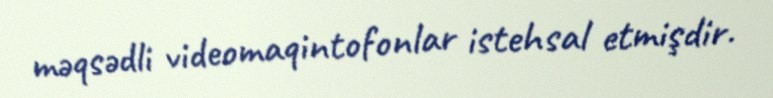
məqsədli videomaqintofonlar istehsal etmişdir.